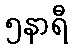
၅နာရီ